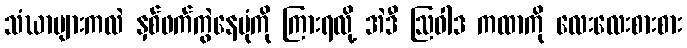
သံဃာများကလဲ နှစ်ဖက်ကွဲနေပုံကို ကြားရလို့ အဲဒီ ဩဝါဒ ကထာကို လေးလေးစားစား